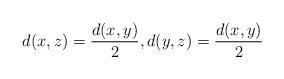
LaTeX: \begin{align*}d(x,z)=\frac{d(x,y)}{2}, d(y,z)=\frac{d(x,y)}{2} \end{align*}